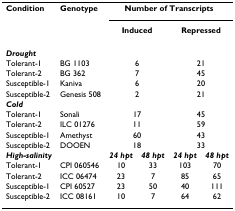
| Condition | Genotype | <COLSPAN=4> Number of Transcripts |
 |  |  | <COLSPAN=2> Induced | <COLSPAN=2> Repressed |
 | --- | --- | --- | --- | --- | --- |
 | Drought |  |  |  |  |  |
 | Tolerant-1 | BG 1103 | <COLSPAN=2> 6 | <COLSPAN=2> 21 |
 | Tolerant-2 | BG 362 | <COLSPAN=2> 7 | <COLSPAN=2> 45 |
 | Susceptible-1 | Kaniva | <COLSPAN=2> 6 | <COLSPAN=2> 20 |
 | Susceptible-2 | Genesis 508 | <COLSPAN=2> 2 | <COLSPAN=2> 21 |
 | Cold |  |  |  |  |  |
 | Tolerant-1 | Sonali | <COLSPAN=2> 17 | <COLSPAN=2> 45 |
 | Tolerant-2 | ILC 01276 | <COLSPAN=2> 11 | <COLSPAN=2> 59 |
 | Susceptible-1 | Amethyst | <COLSPAN=2> 60 | <COLSPAN=2> 43 |
 | Susceptible-2 | DOOEN | <COLSPAN=2> 18 | <COLSPAN=2> 33 |
 | High-salinity |  | 24 hpt | 48 hpt | 24 hpt | 48 hpt |
 | Tolerant-1 | CPI 060546 | 10 | 33 | 103 | 70 |
 | Tolerant-2 | ICC 06474 | 23 | 7 | 85 | 65 |
 | Susceptible-1 | CPI 60527 | 23 | 50 | 40 | 111 |
 | Susceptible-2 | ICC 08161 | 10 | 7 | 64 | 62 |